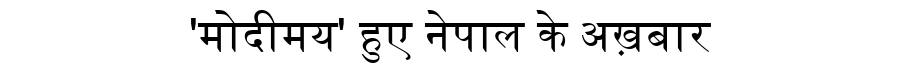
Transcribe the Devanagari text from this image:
'मोदीमय' हुए नेपाल के अख़बार